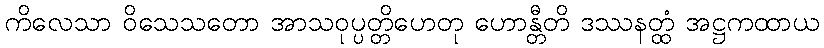
ကိလေသာ ဝိသေသတော အာသဝုပ္ပတ္တိဟေတု ဟောန္တီတိ ဒဿနတ္ထံ အဋ္ဌကထာယ